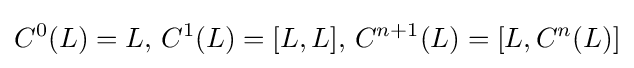
C^{0}(L)=L,\,C^{1}(L)=[L,L],\,C^{n+1}(L)=[L,C^{n}(L)]